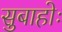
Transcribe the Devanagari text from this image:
सुबाहोः